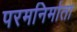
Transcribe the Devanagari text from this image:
परमनिर्माता